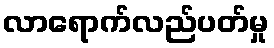
လာရောက်လည်ပတ်မှု